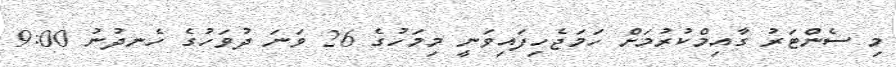
މި ސެންޓަރު ގާއިމްކުރުމަށް ހަމަޖެހިފައިވަނީ މިމަހުގެ 26 ވަނަ ދުވަހުގެ ހެނދުނު 9:00